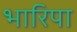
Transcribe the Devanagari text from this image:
भारिपा